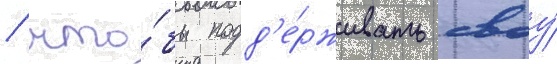
/ что́бы подд'е́рживать своу́